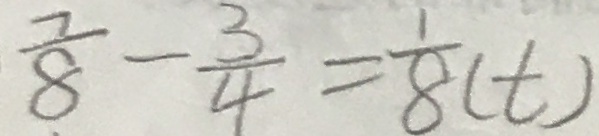
\frac { 7 } { 8 } - \frac { 3 } { 4 } = \frac { 1 } { 8 } ( t )